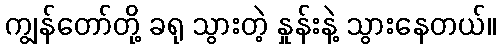
ကျွန်တော်တို့ ခရု သွားတဲ့ နှုန်းနဲ့ သွားနေတယ်။